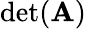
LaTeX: \operatorname*{det}(\mathbf{A})